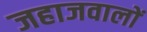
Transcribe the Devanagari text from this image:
जहाजवालों